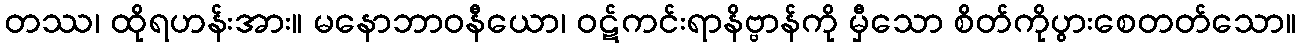
တဿ၊ ထိုရဟန်းအား။ မနောဘာဝနီယော၊ ဝဋ်ကင်းရာနိဗ္ဗာန်ကို မှီသော စိတ်ကိုပွားစေတတ်သော။